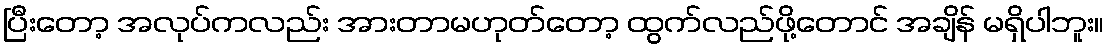
ပြီးတော့ အလုပ်ကလည်း အားတာမဟုတ်တော့ ထွက်လည်ဖို့တောင် အချိန် မရှိပါဘူး။